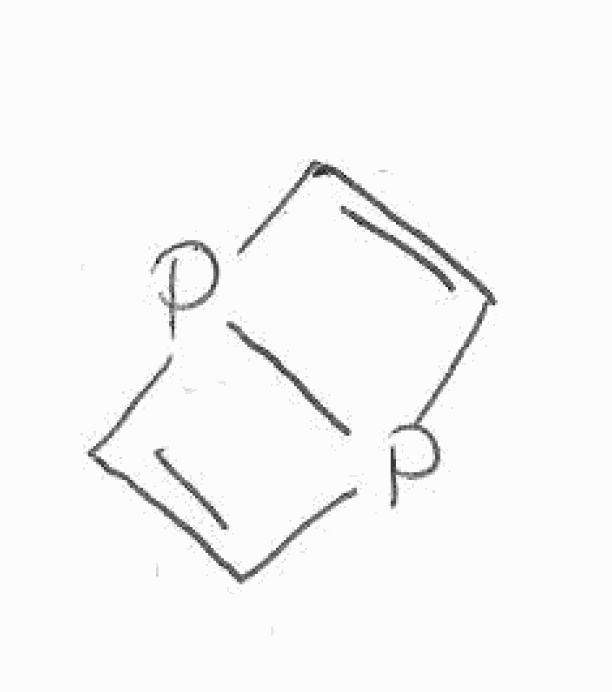
Simplified molecular-input line-entry system (SMILES) notation of the given molecule:
C1=CP2P1C=C2